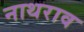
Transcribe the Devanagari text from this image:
नाथराव